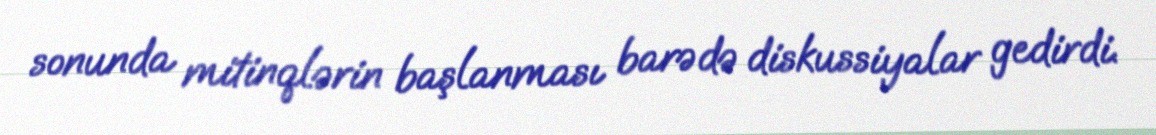
sonunda mitinqlərin başlanması barədə diskussiyalar gedirdi.